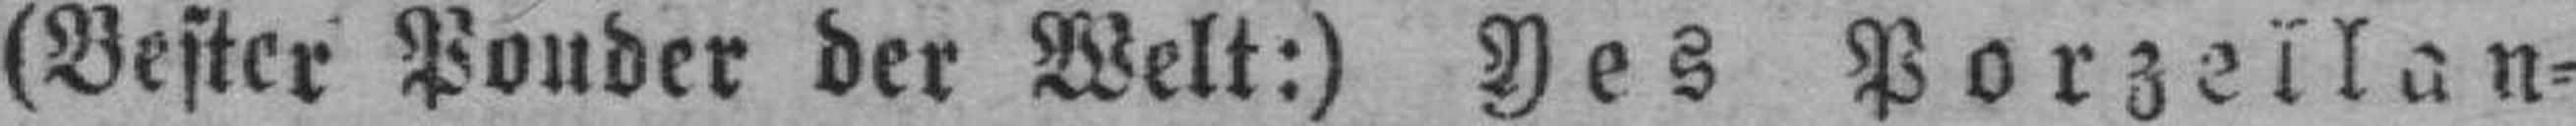
(Bester Ponder der Welt:) Des Porzellan¬